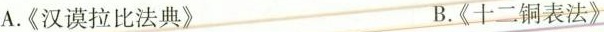
A.《汉谟拉比法典》 B.《十二铜表法》